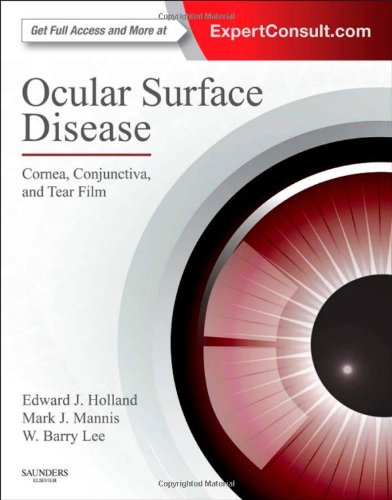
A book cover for Ocular Surface Disease: Cornea, Conjunctiva and Tear Film: Expert Consult - Online and Print, 1e; Edward J Holland MD<br>MD; Medical Books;